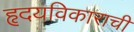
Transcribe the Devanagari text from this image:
हृदयविकाराची